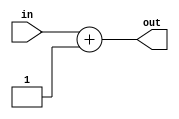
module count #(parameter N = 16) (in, out);
	input [N-1:0] in;
	output [N-1:0] out;
	assign out= in +1;
endmodule